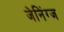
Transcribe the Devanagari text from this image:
जेनिंग्ज